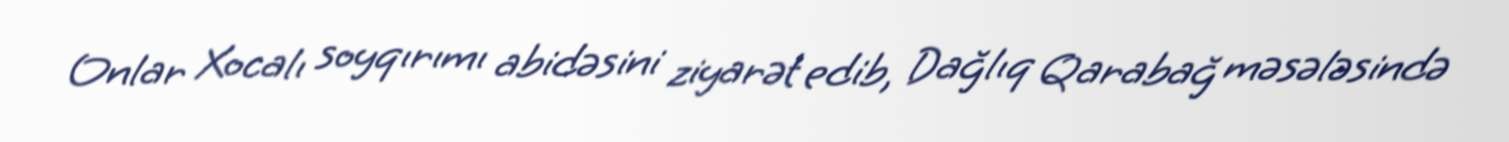
Onlar Xocalı soyqırımı abidəsini ziyarət edib, Dağlıq Qarabağ məsələsində